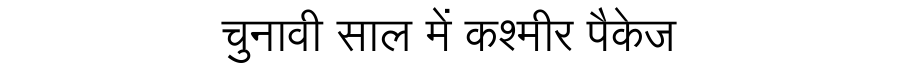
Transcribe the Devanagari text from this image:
चुनावी साल में कश्मीर पैकेज